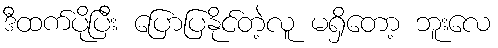
ဒီထက်ပိုပြီး ပြောပြနိုင်တဲ့လူ မရှိတော့ ဘူးလေ